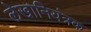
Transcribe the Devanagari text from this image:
लेखानियंत्रक